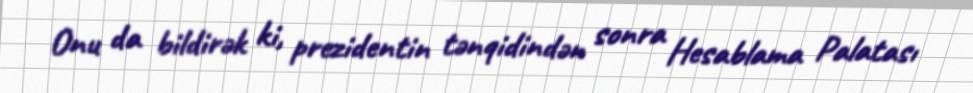
Onu da bildirək ki, prezidentin tənqidindən sonra Hesablama Palatası